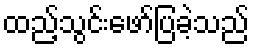
ထည့်သွင်းဖော်ပြခဲ့သည်